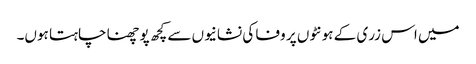
میں اس زری کے ہونٹوں پر وفا کی نشانیوں سے کچھ پوچھنا چاہتا ہوں۔